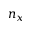
n _ { x }